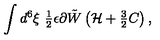
\int d ^ { 6 } \xi \ { \textstyle \frac { 1 } { 2 } } \epsilon \partial \tilde { W } \left( { \cal H } + { \textstyle \frac { 3 } { 2 } } C \right) ,